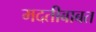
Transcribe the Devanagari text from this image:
मदतीबाबत